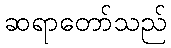
ဆရာတော်သည်